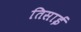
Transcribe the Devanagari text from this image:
तिसाई